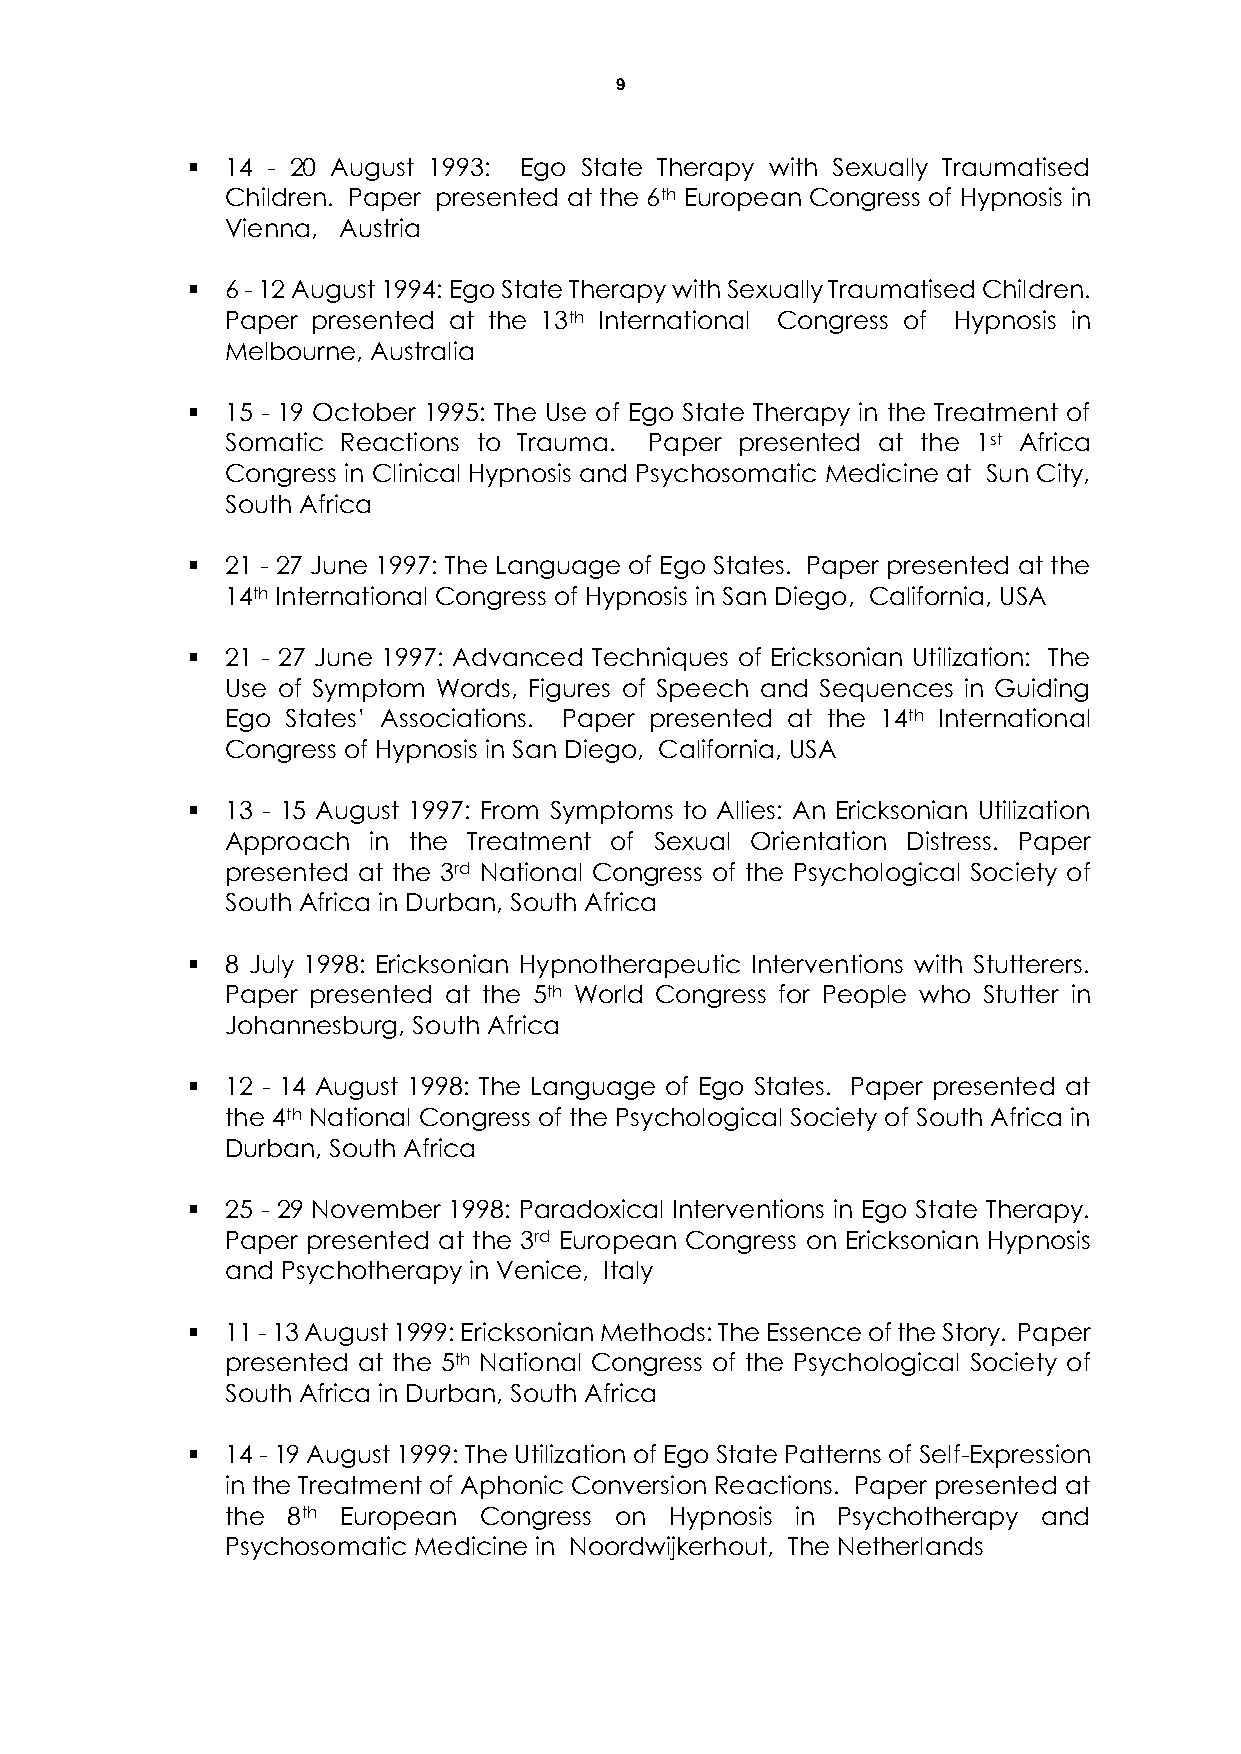
9
   14 - 20 August 1993: Ego State Therapy with Sexually Traumatised
 Children. Paper presented at the 6th European Congress of Hypnosis in
 Vienna, Austria
   6 - 12 August 1994: Ego State Therapy with Sexually Traumatised Children.
 Paper presented at the 13th International Congress of Hypnosis in
 Melbourne, Australia
   15 - 19 October 1995: The Use of Ego State Therapy in the Treatment of
 Somatic Reactions to Trauma. Paper presented at the 1st Africa
 Congress in Clinical Hypnosis and Psychosomatic Medicine at Sun City,
 South Africa
   21 - 27 June 1997: The Language of Ego States. Paper presented at the
 14th International Congress of Hypnosis in San Diego, California, USA
   21 - 27 June 1997: Advanced Techniques of Ericksonian Utilization: The
 Use of Symptom Words, Figures of Speech and Sequences in Guiding
 Ego States’ Associations. Paper presented at the 14th International
 Congress of Hypnosis in San Diego, California, USA
   13 - 15 August 1997: From Symptoms to Allies: An Ericksonian Utilization
 Approach in the Treatment of Sexual Orientation Distress. Paper
 presented at the 3rd National Congress of the Psychological Society of
 South Africa in Durban, South Africa
   8 July 1998: Ericksonian Hypnotherapeutic Interventions with Stutterers.
 Paper presented at the 5th World Congress for People who Stutter in
 Johannesburg, South Africa
   12 - 14 August 1998: The Language of Ego States. Paper presented at
 the 4th National Congress of the Psychological Society of South Africa in
 Durban, South Africa
   25 - 29 November 1998: Paradoxical Interventions in Ego State Therapy.
 Paper presented at the 3rd European Congress on Ericksonian Hypnosis
 and Psychotherapy in Venice, Italy
   11 - 13 August 1999: Ericksonian Methods: The Essence of the Story. Paper
 presented at the 5th National Congress of the Psychological Society of
 South Africa in Durban, South Africa
   14 - 19 August 1999: The Utilization of Ego State Patterns of Self-Expression
 in the Treatment of Aphonic Conversion Reactions. Paper presented at
 the 8th European Congress on Hypnosis in Psychotherapy and
 Psychosomatic Medicine in Noordwijkerhout, The Netherlands